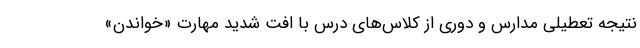
نتیجه تعطیلی مدارس و دوری از کلاس‌های درس با افت شدید مهارت «خواندن»